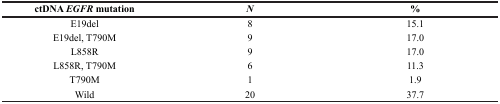
<table><thead><tr><td><b>ctDNA <i>EGFR</i> mutation</b></td><td><b><i>N</i></b></td><td><b>%</b></td></tr></thead><tbody><tr><td>E19del</td><td>8</td><td>15.1</td></tr><tr><td>E19del, T790M</td><td>9</td><td>17.0</td></tr><tr><td>L858R</td><td>9</td><td>17.0</td></tr><tr><td>L858R, T790M</td><td>6</td><td>11.3</td></tr><tr><td>T790M</td><td>1</td><td>1.9</td></tr><tr><td>Wild</td><td>20</td><td>37.7</td></tr></tbody></table>